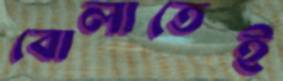
বোলাতেই